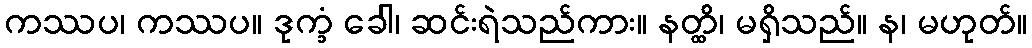
ကဿပ၊ ကဿပ။ ဒုက္ခံ ခေါ၊ ဆင်းရဲသည်ကား။ နတ္ထိ၊ မရှိသည်။ န၊ မဟုတ်။